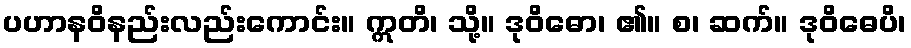
ပဟာနဝိနည်းလည်းကောင်း။ ဣတိ၊ သို့။ ဒုဝိဓော၊ ၏။ စ၊ ဆက်။ ဒုဝိဓေပိ၊